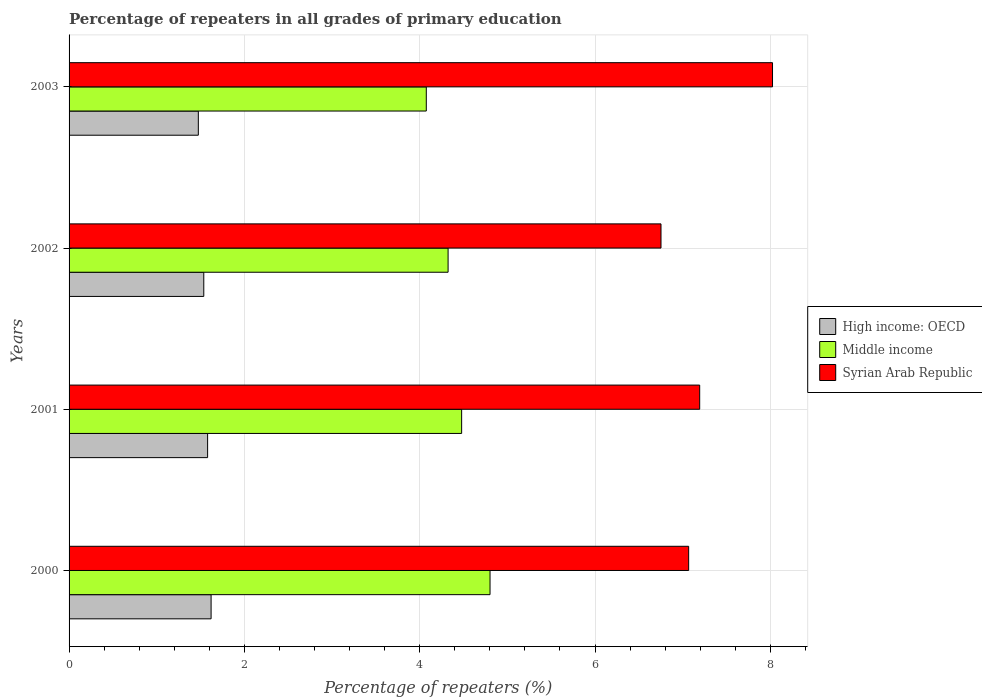
| Years | High income: OECD | Middle income | Syrian Arab Republic |
 | --- | --- | --- | --- |
 | 2000 | 1.62 | 4.8 | 7.07 |
 | 2001 | 1.58 | 4.48 | 7.19 |
 | 2002 | 1.54 | 4.32 | 6.75 |
 | 2003 | 1.47 | 4.08 | 8.02 |